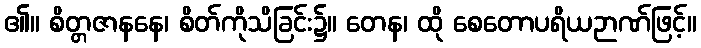
၏။ စိတ္တဇာနနေ၊ စိတ်ကိုသိခြင်း၌။ တေန၊ ထို စေတောပရိယဉာဏ်ဖြင့်။